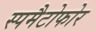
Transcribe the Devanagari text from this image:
स्पमैटोफोर